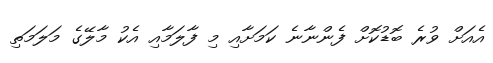
އެއަށް ވުރެ ބޮޑުކޮށް ފެންނާނެ ކަމަށާއި މި ފާލަމާއި އެކު މާލޭގެ މަލަމަތި